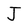
Character: J